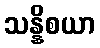
သန္နိစယာ